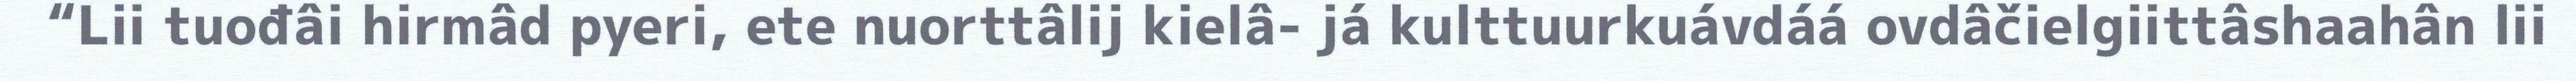
“Lii tuođâi hirmâd pyeri, ete nuorttâlij kielâ- já kulttuurkuávdáá ovdâčielgiittâshaahân lii